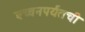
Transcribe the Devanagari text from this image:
बच्चनपर्यंतची